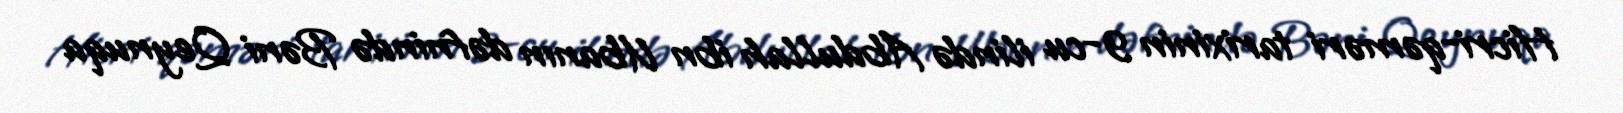
Hicri-qəməri tarixinin 9-cu ilində Abdullah ibn Ubanın dəfnində Bəni Qeynuqa